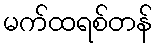
မက်ထရစ်တန်